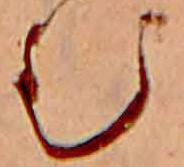
む